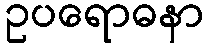
ဥပရောဓနာ